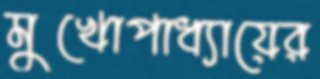
মুখোপাধ্যায়ের